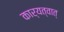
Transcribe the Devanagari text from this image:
कार्यत्वात्